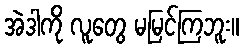
အဲဒါကို လူတွေ မမြင်ကြဘူး။